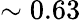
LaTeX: \sim 0.63